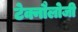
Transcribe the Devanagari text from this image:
टेक्नौलोजी